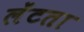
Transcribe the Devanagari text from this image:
लेंटता